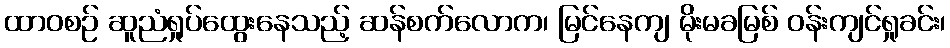
ထာဝစဉ် ဆူညံရှုပ်ထွေးနေသည့် ဆန်စက်လောက၊ မြင်နေကျ မိုးမခမြစ် ဝန်းကျင်ရှုခင်း၊